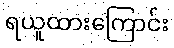
ရယူထားကြောင်း